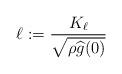
LaTeX: \begin{align*}\ell:=\frac{K_{\ell}}{\sqrt{\rho \widehat{g}(0)}}\end{align*}